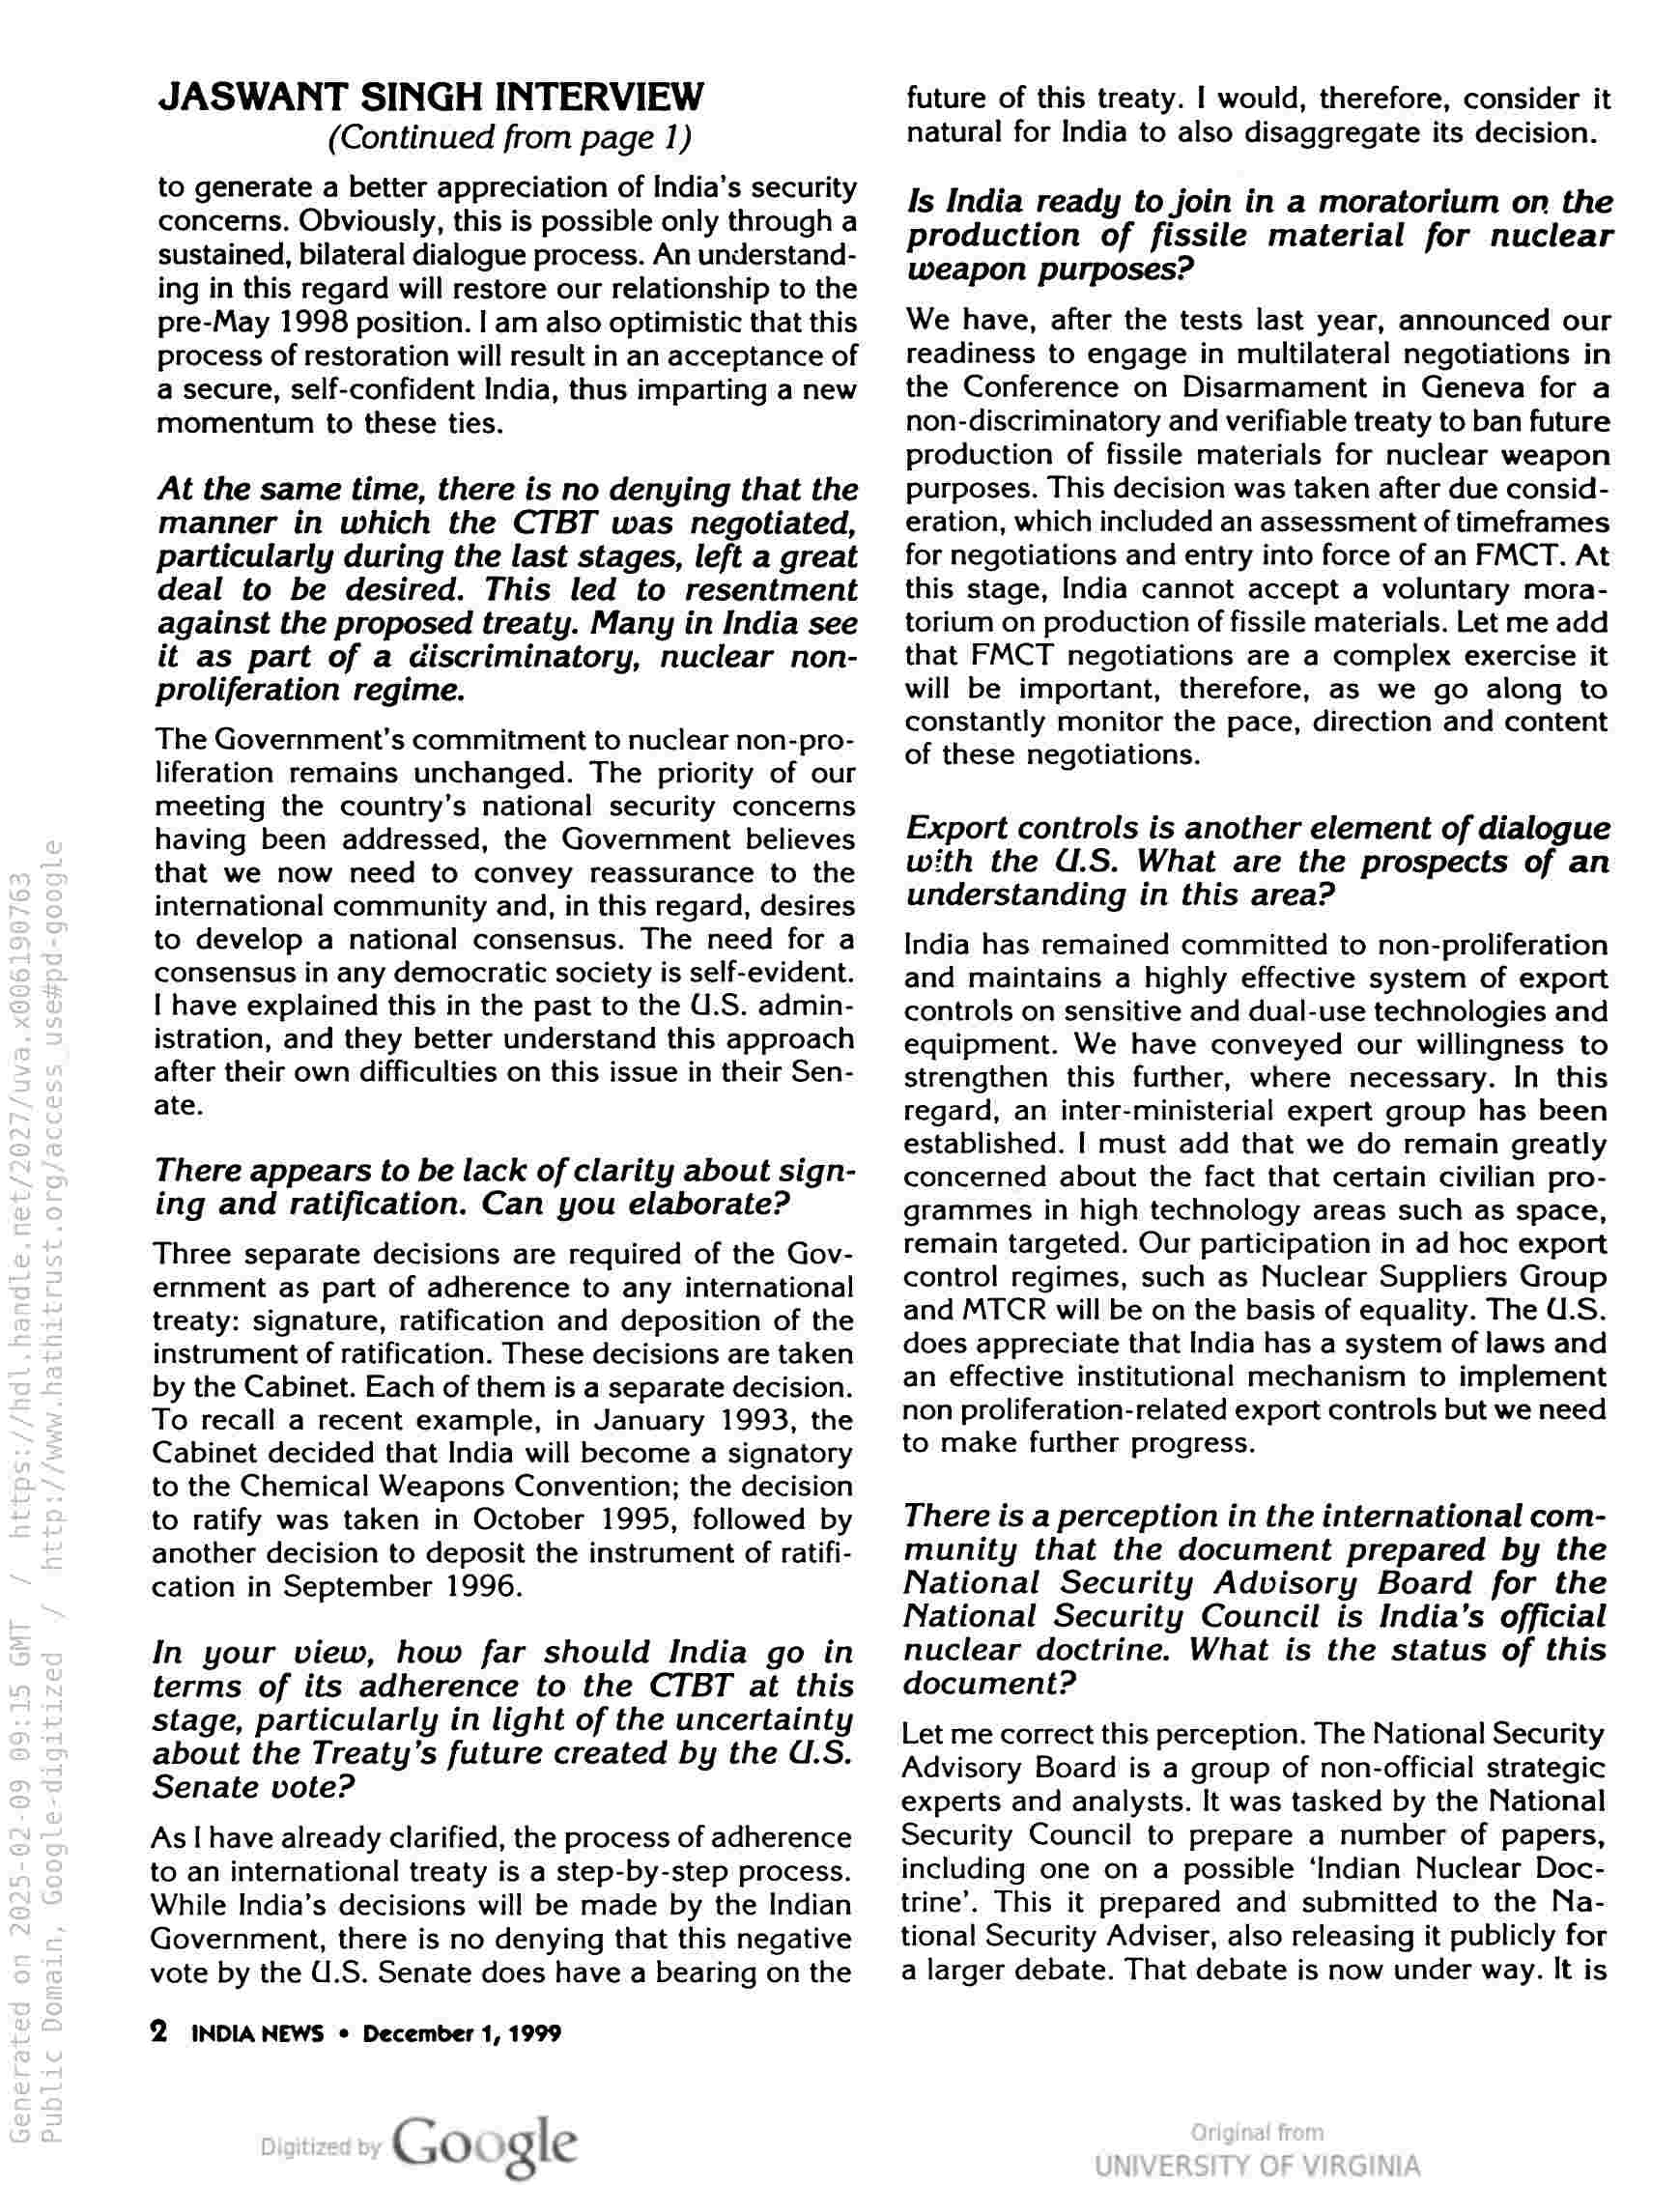
JASWANT SINGH INTERVIEW
(Continued from page 1)

to generate a better appreciation of India’s security
concerns. Obviously, this is possible only through a
sustained, bilateral dialogue process. An understand-
ing in this regard will restore our relationship to the
pre-May 1998 position. | am also optimistic that this
process of restoration will result in an acceptance of
a secure, self-confident India, thus imparting a new
momentum to these ties.

At the same time, there is no denying that the
manner in which the CTBT was negotiated,
particularly during the last stages, left a great
deal to be desired. This led to resentment
against the proposed treaty. Many in India see
it as part of a discriminatory, nuclear non-
proliferation regime.

The Government’s commitment to nuclear non-pro-
liferation remains unchanged. The priority of our
meeting the country’s national security concems
having been addressed, the Government believes
that we now need to convey reassurance to the
international community and, in this regard, desires
to develop a national consensus. The need for a
consensus in any democratic society is self-evident.
I have explained this in the past to the U.S. admin-
istration, and they better understand this approach
after their own difficulties on this issue in their Sen-
ate.

There appears to be lack of clarity about sign-
ing and ratification. Can you elaborate?

Three separate decisions are required of the Gov-
ernment as part of adherence to any international
treaty: signature, ratification and deposition of the
instrument of ratification. These decisions are taken
by the Cabinet. Each of them is a separate decision.
To recall a recent example, in January 1993, the
Cabinet decided that India will become a signatory
to the Chemical Weapons Convention; the decision
to ratify was taken in October 1995, followed by
another decision to deposit the instrument of ratifi-
cation in September 1996.

In your view, how far should India go in
terms of its adherence to the CTBT at this
stage, particularly in light of the uncertainty
about the Treaty’s future created by the U.S.
Senate vote?

As | have already clarified, the process of adherence
to an international treaty is a step-by-step process.
While India’s decisions will be made by the Indian
Government, there is no denying that this negative
vote by the U.S. Senate does have a bearing on the

2 INDIA NEWS © December 1, 1999

Google

future of this treaty. | would, therefore, consider it
natural for India to also disaggregate its decision.

Is India ready to join in a moratorium on the
production of fissile material for nuclear
Weapon purposes?

We have, after the tests last year, announced our
readiness to engage in multilateral negotiations in
the Conference on Disarmament in Geneva for a
non-discriminatory and verifiable treaty to ban future
production of fissile materials for nuclear weapon
purposes. This decision was taken after due consid-
eration, which included an assessment of timeframes
for negotiations and entry into force of an FMCT. At
this stage, India cannot accept a voluntary mora-
torium on production of fissile materials. Let me add
that FMCT negotiations are a complex exercise it
will be important, therefore, as we go along to
constantly monitor the pace, direction and content
of these negotiations.

Export controls is another element of dialogue
with the U.S. What are the prospects of an
understanding in this area?

India has remained committed to non-proliferation
and maintains a highly effective system of export
controls on sensitive and dual-use technologies and
equipment. We have conveyed our willingness to
strengthen this further, where necessary. In this
regard, an inter-ministerial expert group has been
established. | must add that we do remain greatly
concerned about the fact that certain civilian pro-
grammes in high technology areas such as space,
remain targeted. Our participation in ad hoc export
control regimes, such as Nuclear Suppliers Group
and MTCR will be on the basis of equality. The U.S.
does appreciate that India has a system of laws and
an effective institutional mechanism to implement
non proliferation-related export controls but we need
to make further progress.

There is a perception in the international com-
munity that the document prepared by the
National Security Advisory Board for the
National Security Council is India’s official
nuclear doctrine. What is the status of this
document?

Let me correct this perception. The National Security
Advisory Board is a group of non-official strategic
experts and analysts. It was tasked by the National
Security Council to prepare a number of papers,
including one on a possible ‘Indian Nuclear Doc-
trine’. This it prepared and submitted to the Na-
tional Security Adviser, also releasing it publicly for
a larger debate. That debate is now under way. It is